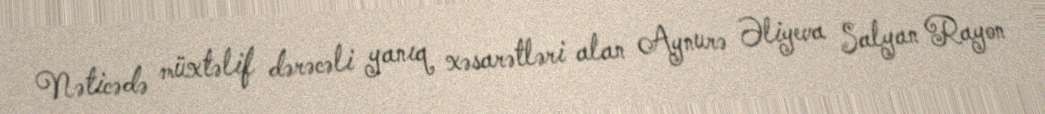
Nəticədə müxtəlif dərəcəli yanıq xəsarətləri alan Aynurə Əliyeva Salyan Rayon